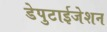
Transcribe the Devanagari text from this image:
डेपुटाईजेशन